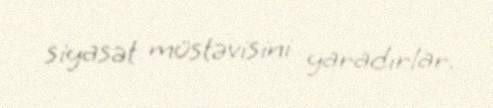
siyasət müstəvisini yaradırlar.